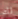
لك